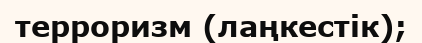
терроризм (лаңкестік);